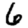
Digit: 6